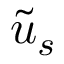
\widetilde { u } _ { s }